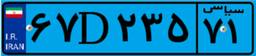
۶۷D۲۳۵۷۱